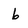
Character: b